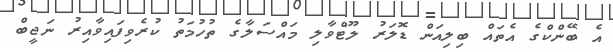
އެ ބޭންކްގެ އެތައް ބިލިއަން ޑޮލަރު ލޫޓްވާލި މައްސަލާގެ ތުހުމަތު ކުރެވިފައިވާއިރު ނަޖީބް